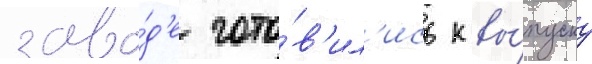
заво́д'е гото́в'ил'ись к вы́пуску